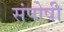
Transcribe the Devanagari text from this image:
संपोषी